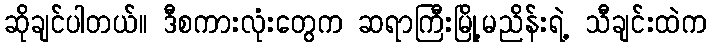
ဆိုချင်ပါတယ်။ ဒီစကားလုံးတွေက ဆရာကြီးမြို့မညိန်းရဲ့ သီချင်းထဲက